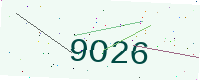
Text: 9O26